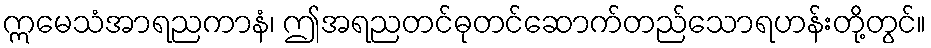
ဣမေသံအာရညကာနံ၊ ဤအရညတင်ဓုတင်ဆောက်တည်သောရဟန်းတို့တွင်။